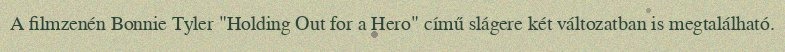
A filmzenén Bonnie Tyler "Holding Out for a Hero" című slágere két változatban is megtalálható.